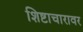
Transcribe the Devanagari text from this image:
शिष्टाचारावर